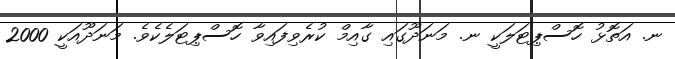
ނ. އަތޮޅު ހޮސްޕިޓަލަކީ ނ. މަނަދޫގައި ގާއިމް ކުރެވިފައިވާ ހޮސްޕިޓަލެކެވެ. މަނަދޫއަކީ 2000